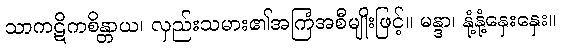
သာကဋိကစိန္တာယ၊ လှည်းသမား၏အကြံအစီမျိုးဖြင့်။ မန္ဒာ၊ နုံ့နုံ့နှေးနှေး။